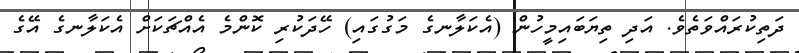
ދަތިކުރައްވަތެވެ. އަދި ތިޔަބައިމީހުން (އެކަލާނގެ މަގުގައި) ހޭދަކުރި ކޮންމެ އެއްޗަކަށް އެކަލާނގެ އޭގެ